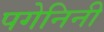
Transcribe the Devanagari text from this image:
पगेनिनी